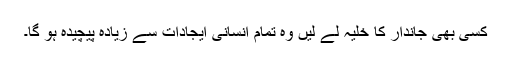
کسی بھی جاندار کا خلیہ لے لیں وہ تمام انسانی ایجادات سے زیادہ پیچیدہ ہو گا۔